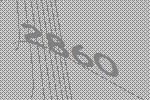
2860